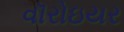
વૉરોઇયર